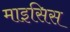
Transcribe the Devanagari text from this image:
माइसिस